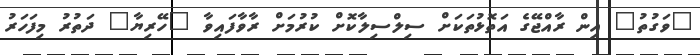
"ވަގުތު" އިން ރާއްޖޭގެ އަތޮޅުތަކަށް ސިލްސިލާކޮށް ކުރުމަށް ރާވާފައިވާ "ހޭރިޔާ" ދަތުރު މިފަހަރު